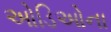
ઓડિઓના